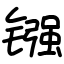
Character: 镪